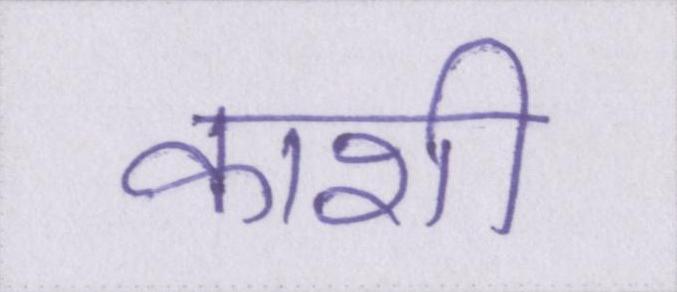
काशी